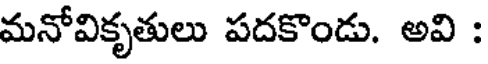
మనోవికృతులు పదకొండు. అవి :